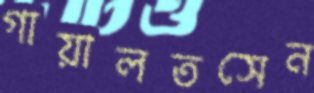
গায়ালতসেন